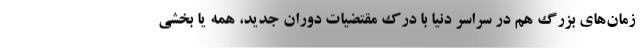
زمان‌های بزرگ هم در سراسر دنیا با درک مقتضیات دوران جدید، همه یا بخشی